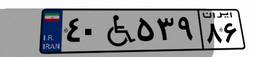
۴۰W۵۳۹۸۶